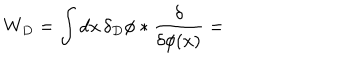
LaTeX: W _ { D } = \int d x \, \delta _ { D } \phi * { \frac { \delta } { \delta \phi ( x ) } } =